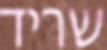
שריד